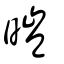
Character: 暟